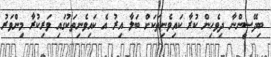
ބިދޭސީންނާ ދިވެހިން ކުރާ ކައިވެނިތަކަށް ބަލާ އިރު އެ ކައިވެނިތަކުގައި ވަރިކުރާ މިންވަރު